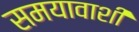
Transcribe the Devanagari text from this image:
समयावाशी